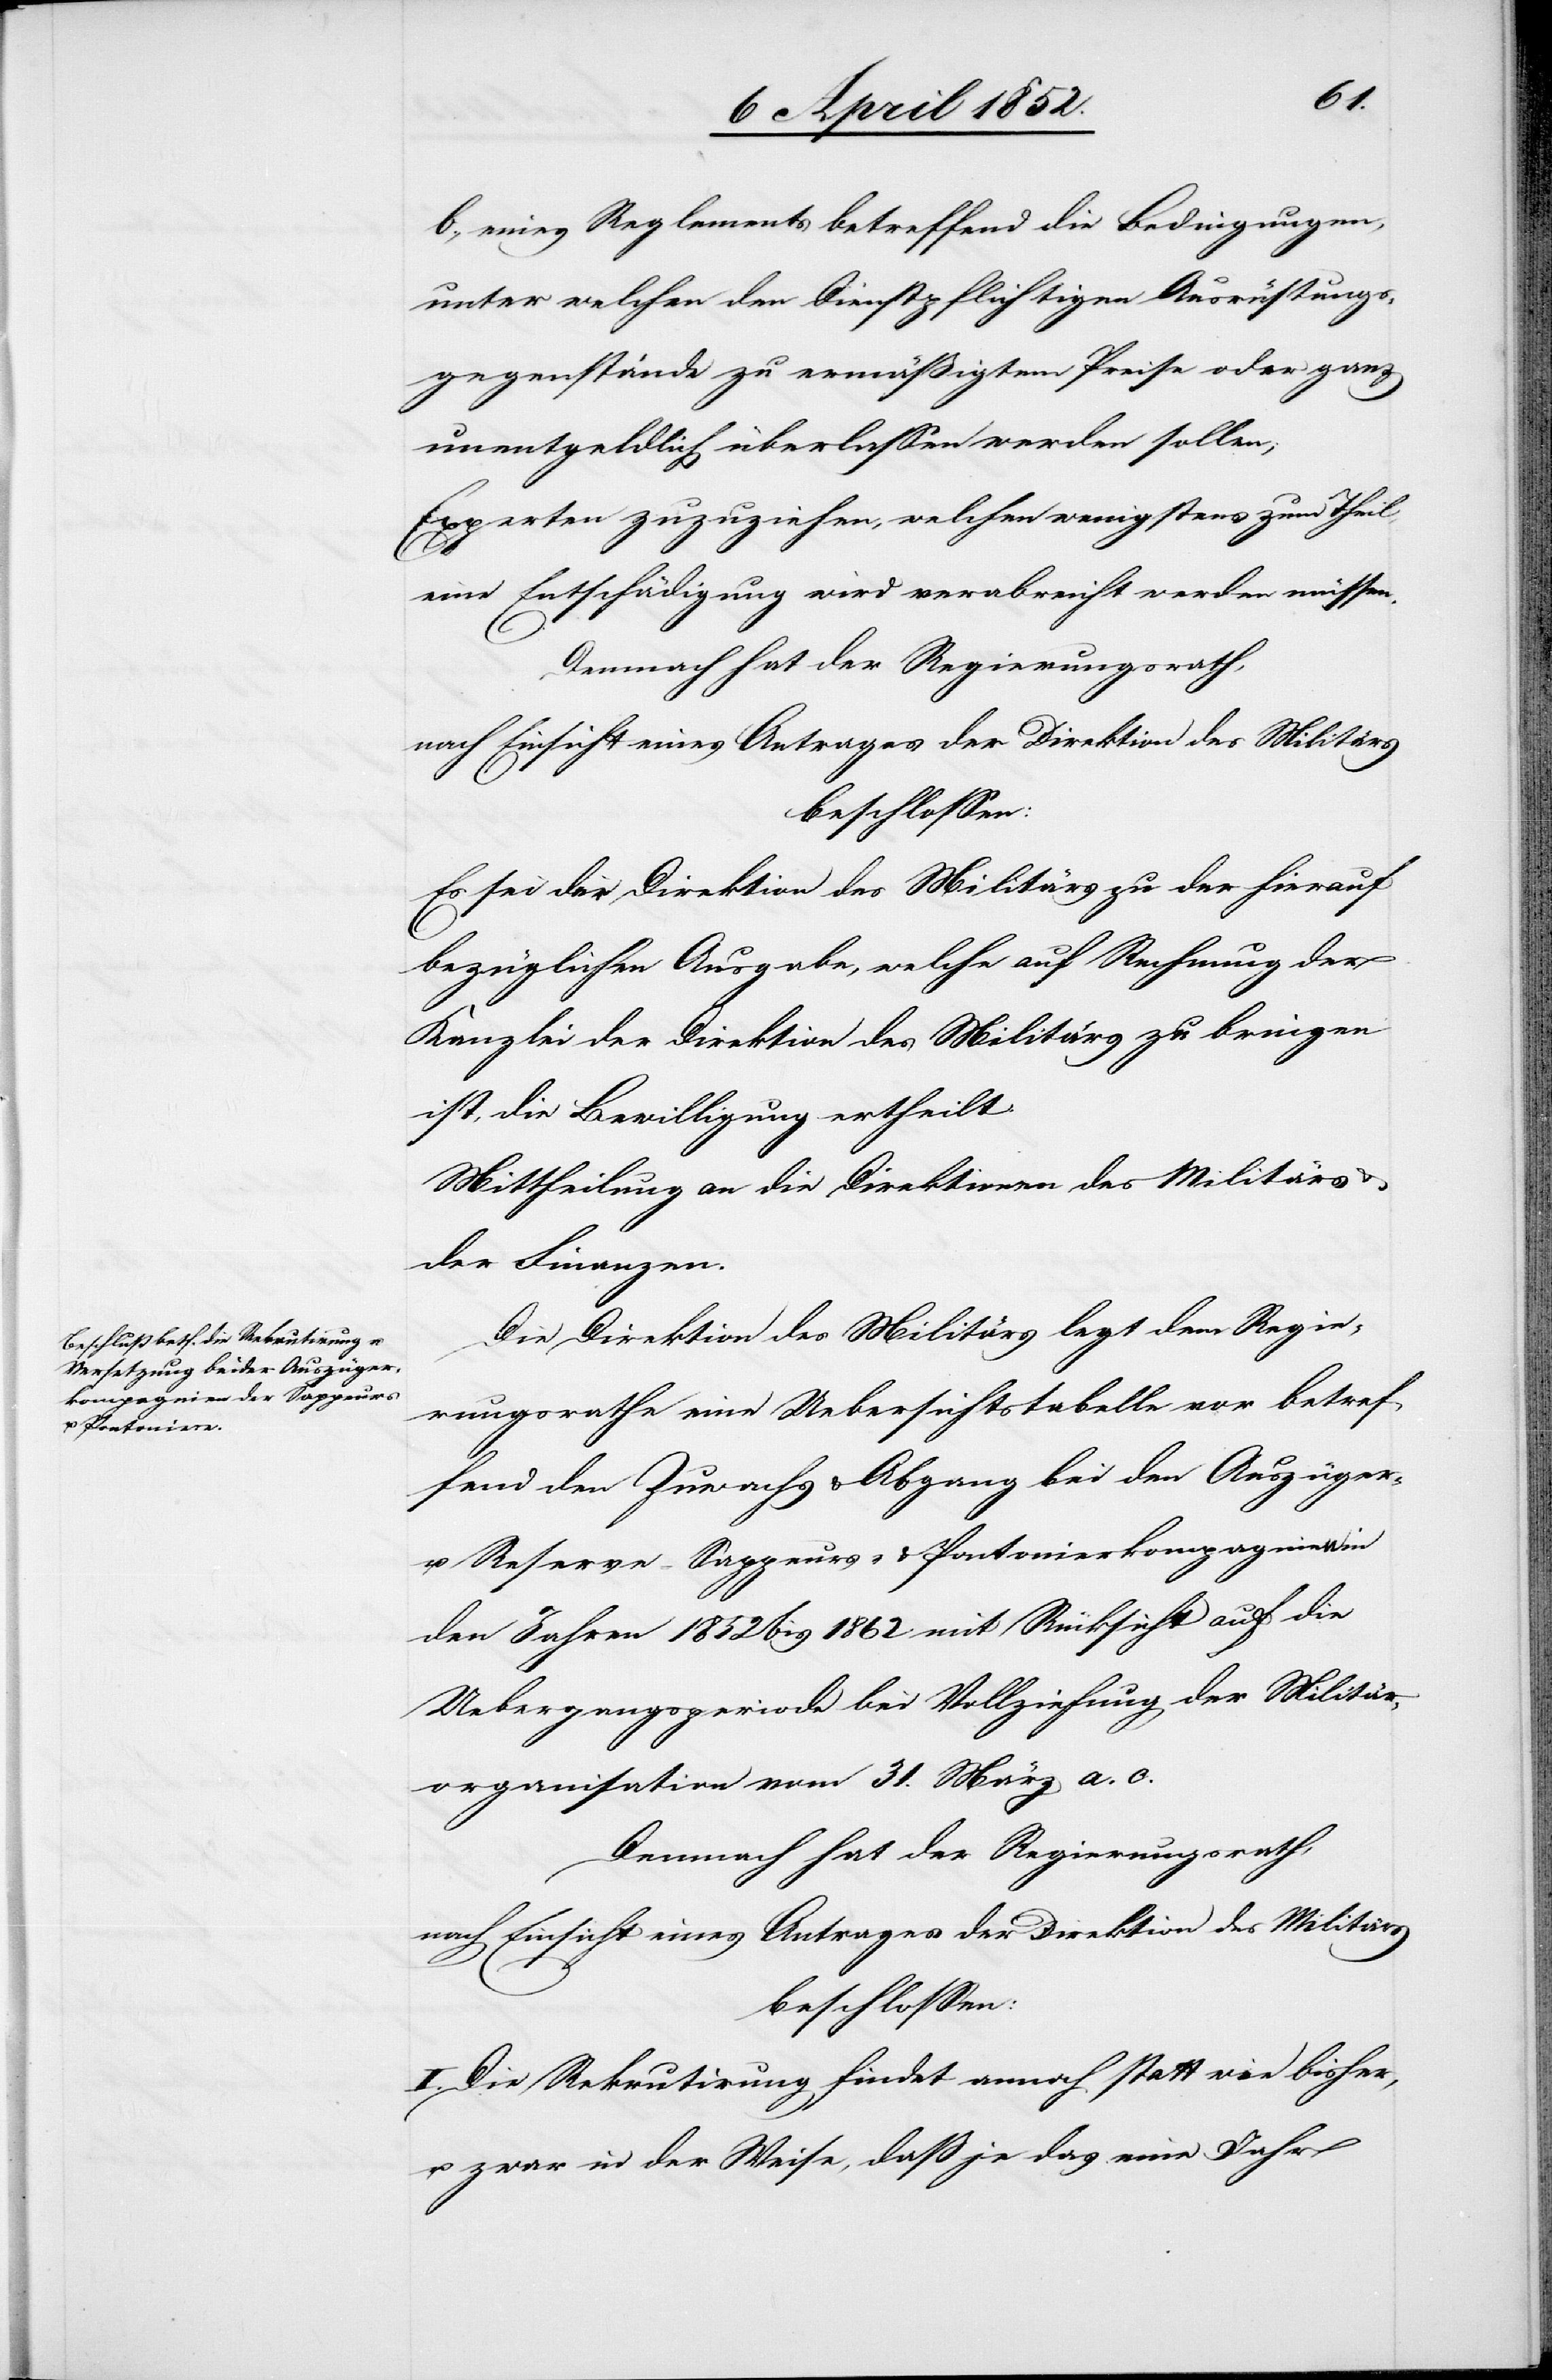
b., eines Reglements betreffend die Bedingungen,
unter welchen den Dienstpflichtigen Ausrüstungs¬
gegenstände zu ermäßigtem Preise oder ganz
unentgeldlich überlassen werden sollen;
Experten zuzuziehen, welchen wenigstens zum Theil,
eine Entschädigung wird verabreicht werden müssen.
Demnach hat der Regierungsrath,
nach Einsicht eines Antrages der Direktion des Militärs
beschlossen:
Es sei der Direktion des Militärs zu der hierauf
bezüglichen Ausgabe, welche auf Rechnung der
Kanzlei der Direktion des Militärs zu bringen
ist, die Bewilligung ertheilt.
Mittheilung an die Direktionen des Militärs
der Finanzen.
Die Direktion des Militärs legt dem Regie¬
rungsrathe eine Uebersichtstabelle vor betref¬
fend den Zuwachs & Abgang bei den Auszüger-
u. Reserve- Sappeurs- & Pontonierkompagnien in
den Jahren 1852 bis 1862 mit Rücksicht auf die
Uebergangsperiode bei Vollziehung der Militär¬
organisation vom 31. März a. c.
Demnach hat der Regierungsrath,
nach Einsicht eines Antrages der Direktion des Militärs
beschlossen:
I. Die Rekrutirung findet annoch statt wie bisher,
u. zwar in der Weise, daß je das eine Jahr